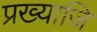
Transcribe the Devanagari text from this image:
प्रख्याजि